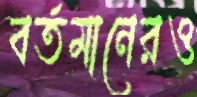
বর্তমানেরও